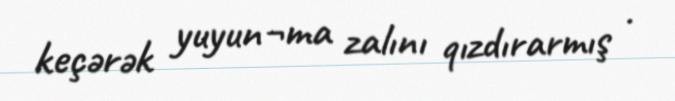
keçərək yuyun¬ma zalını qızdırarmış .